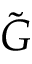
\tilde { G }